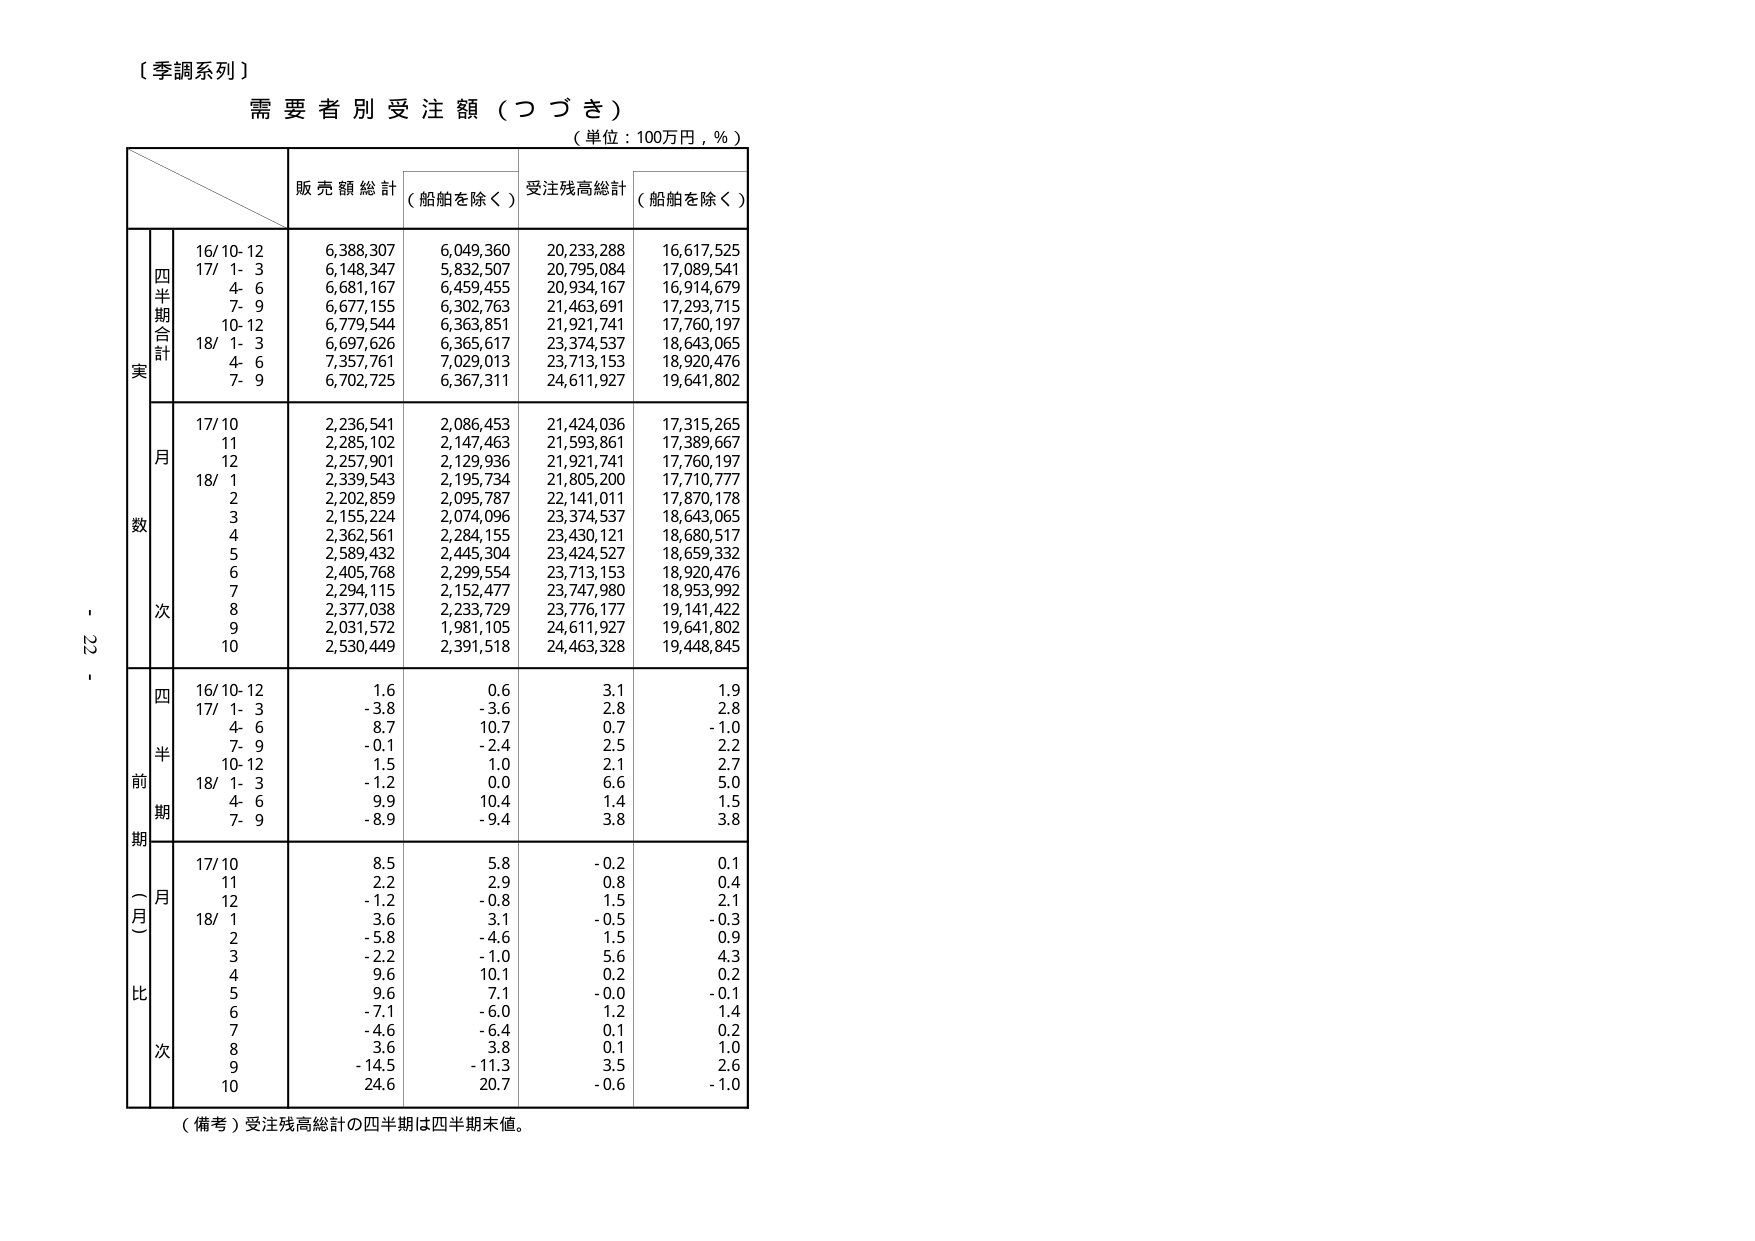
〔季調系列〕
需要者別受注額（つづき）
（単位：100万円，％）

販売額総計 （船舶を除く） 受注残高総計 （船舶を除く）

実
四半期合計
16/10-12 6,388,307 6,049,360 20,233,288 16,617,525
17/ 1- 3 6,148,347 5,832,507 20,795,084 17,089,541
4- 6 6,681,167 6,459,455 20,934,167 16,914,679
7- 9 6,677,155 6,302,763 21,463,691 17,293,715
10-12 6,779,544 6,363,851 21,921,741 17,760,197
18/ 1- 3 6,697,626 6,365,617 23,374,537 18,643,065
4- 6 7,357,761 7,029,013 23,713,153 18,920,476
7- 9 6,702,725 6,367,311 24,611,927 19,641,802

数
月
17/10 2,236,541 2,086,453 21,424,036 17,315,265
11 2,285,102 2,147,463 21,593,861 17,389,667
12 2,257,901 2,129,936 21,921,741 17,760,197
18/ 1 2,339,543 2,195,734 21,805,200 17,710,777
2 2,202,859 2,095,787 22,141,011 17,870,178
3 2,155,224 2,074,096 23,374,537 18,643,065
4 2,362,561 2,284,155 23,430,121 18,680,517
5 2,589,432 2,445,304 23,424,527 18,659,332
6 2,405,768 2,299,554 23,713,153 18,920,476
7 2,294,115 2,152,477 23,747,980 18,953,992
8 2,377,038 2,233,729 23,776,177 19,141,422
9 2,031,572 1,981,105 24,611,927 19,641,802
10 2,530,449 2,391,518 24,463,328 19,448,845

前
期
四半期
16/10-12 1.6 0.6 3.1 1.9
17/ 1- 3 -3.6 -3.6 2.8 2.8
4- 6 8.7 10.7 0.7 -1.0
7- 9 -0.1 -2.4 2.5 2.2
10-12 1.5 1.0 2.1 2.7
18/ 1- 3 -1.2 0.0 6.6 5.0
4- 6 9.9 10.4 1.4 1.5
7- 9 -8.9 -9.4 3.8 3.8

（月比）
月
17/10 8.5 5.8 -0.2 0.1
11 2.2 2.9 0.8 0.4
12 -1.2 -0.8 1.5 2.1
18/ 1 3.6 3.1 -0.5 -0.3
2 -5.8 -4.6 1.5 0.9
3 -2.2 -1.0 5.6 4.3
4 9.6 10.1 0.2 0.2
5 9.6 7.1 -0.0 -0.1
6 -7.1 -6.0 1.2 1.4
7 -4.6 -6.4 0.1 0.2
8 3.6 3.8 0.1 1.0
9 -14.5 -11.3 3.5 2.6
10 24.6 20.7 -0.6 -1.0

（備考）受注残高総計の四半期は四半期末値。